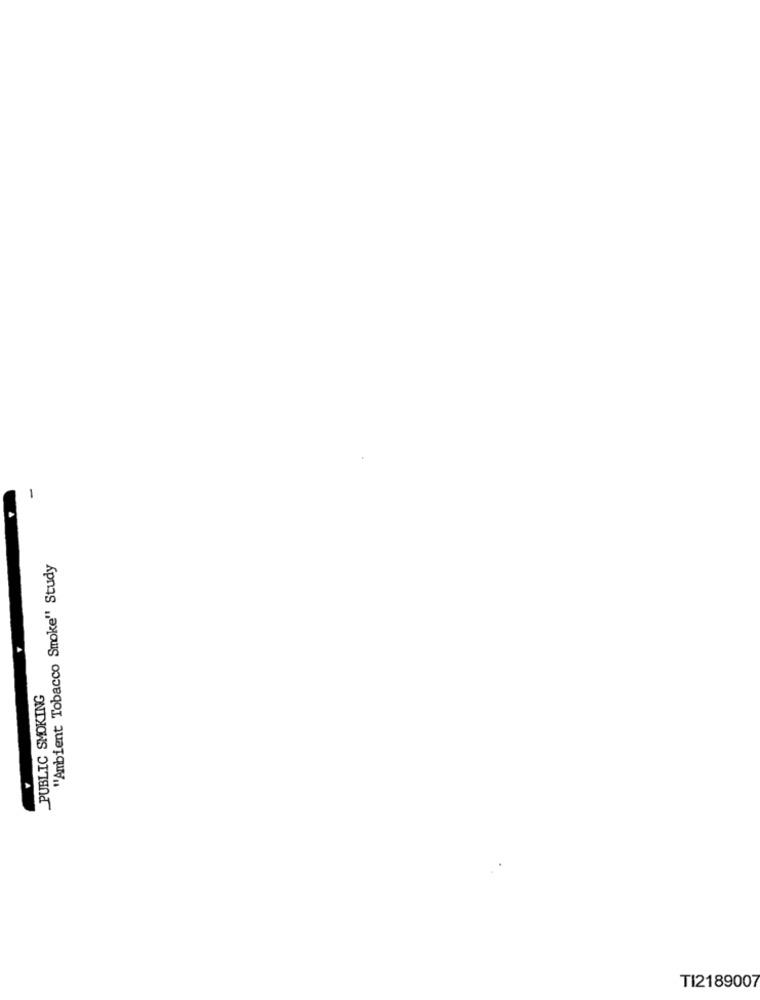
"Ambient Tobacco Smoke" Study
_PUBLIC SMOKING
TI2189007